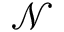
\mathcal { N }